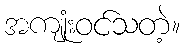
အကျုံးဝင်သတဲ့။